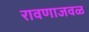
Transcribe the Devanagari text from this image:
रावणाजवळ